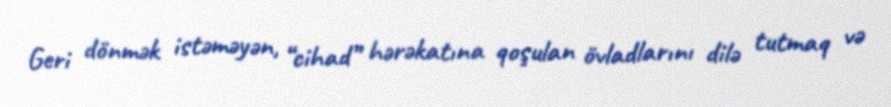
Geri dönmək istəməyən, “cihad” hərəkatına qoşulan övladlarını dilə tutmaq və